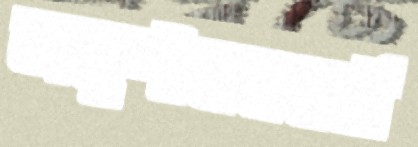
অনুশীলনধর্মী